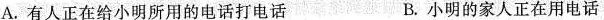
A.有人正在给小明所用的电话打电话 B.小明的家人正在用电话